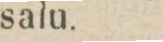
salu.